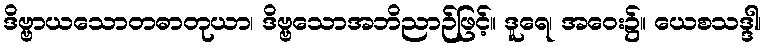
ဒိဗ္ဗာယသောတဓာတုယာ၊ ဒိဗ္ဗသောအဘိညာဉ်ဖြင့်။ ဒူရေ၊ အဝေး၌။ ယေစသဒ္ဒါ၊